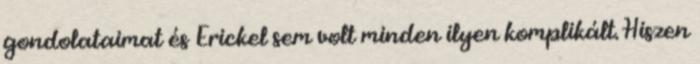
gondolataimat és Erickel sem volt minden ilyen komplikált. Hiszen